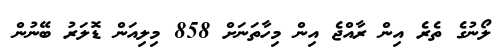
ލޯނުގެ ތެރެ އިން ރާއްޖެ އިން މިހާތަނަށް 858 މިލިއަން ޑޮލަރު ބޭނުން